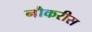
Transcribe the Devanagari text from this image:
नौकरीस